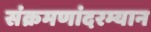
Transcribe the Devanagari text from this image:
संक्रमणांदरम्यान